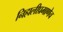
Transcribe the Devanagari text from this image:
निहालीप्रमाणेच